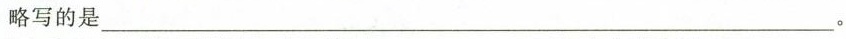
略写的是___。